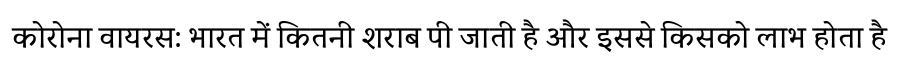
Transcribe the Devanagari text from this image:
कोरोना वायरस: भारत में कितनी शराब पी जाती है और इससे किसको लाभ होता है